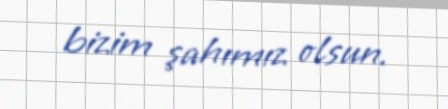
bizim şahımız olsun.